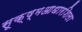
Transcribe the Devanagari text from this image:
सूक्ष्मआधारशिला